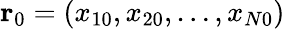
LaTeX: \mathbf{r}_{0}=(x_{10},x_{20},\dots,x_{N0})